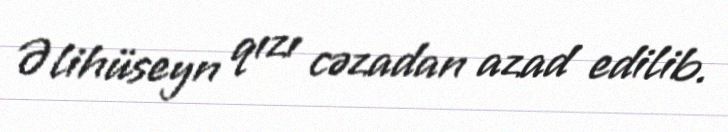
Əlihüseyn qızı cəzadan azad edilib.